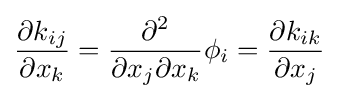
{\frac {\partial k_{ij}}{\partial x_{k}}}={\partial ^{2} \over \partial x_{j}\partial x_{k}}\phi _{i}={\frac {\partial k_{ik}}{\partial x_{j}}}